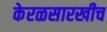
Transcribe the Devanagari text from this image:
केरळसारखीच